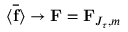
\langle \overline { { \mathbf { f } } } \rangle \rightarrow \mathbf { F } = \mathbf { F } _ { J _ { \tau } , m }